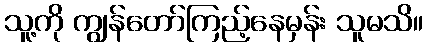
သူ့ကို ကျွန်တော်ကြည့်နေမှန်း သူမသိ။